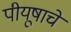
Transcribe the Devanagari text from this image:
पीयूषाचे